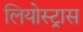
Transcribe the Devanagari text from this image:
लियोस्ट्रास